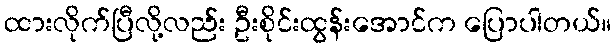
ထားလိုက်ပြီလို့လည်း ဦးစိုင်းထွန်းအောင်က ပြောပါတယ်။